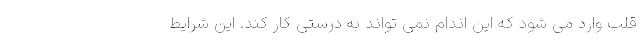
قلب وارد می شود که این اندام نمی تواند به درستی کار کند. این شرایط